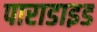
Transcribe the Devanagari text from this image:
पाराडाइड